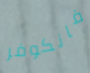
فانكوفر